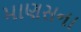
માણસના